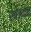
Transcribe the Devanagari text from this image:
रेषेजवळ